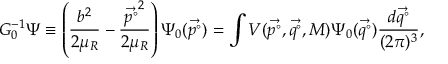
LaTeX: G _ { 0 } ^ { - 1 } \Psi \equiv \left( \frac { b ^ { 2 } } { 2 \mu _ { R } } - \frac { \vec { p ^ { \circ } } ^ { 2 } } { 2 \mu _ { R } } \right) \Psi _ { 0 } ( \vec { p ^ { \circ } } ) = \int V ( \vec { p ^ { \circ } } , \vec { q ^ { \circ } } , M ) \Psi _ { 0 } ( \vec { q ^ { \circ } } ) \frac { d \vec { q ^ { \circ } } } { ( 2 \pi ) ^ { 3 } } ,